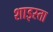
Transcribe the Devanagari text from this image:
शाइस्‍ता